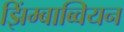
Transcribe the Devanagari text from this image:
झिंम्बाब्वियन